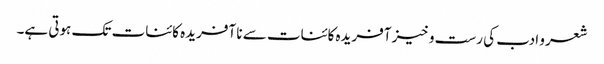
شعر و ادب کی رست و خیز آفریدہ کائنات سے نا آفریدہ کائنات تک ہوتی ہے۔